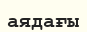
аядағы